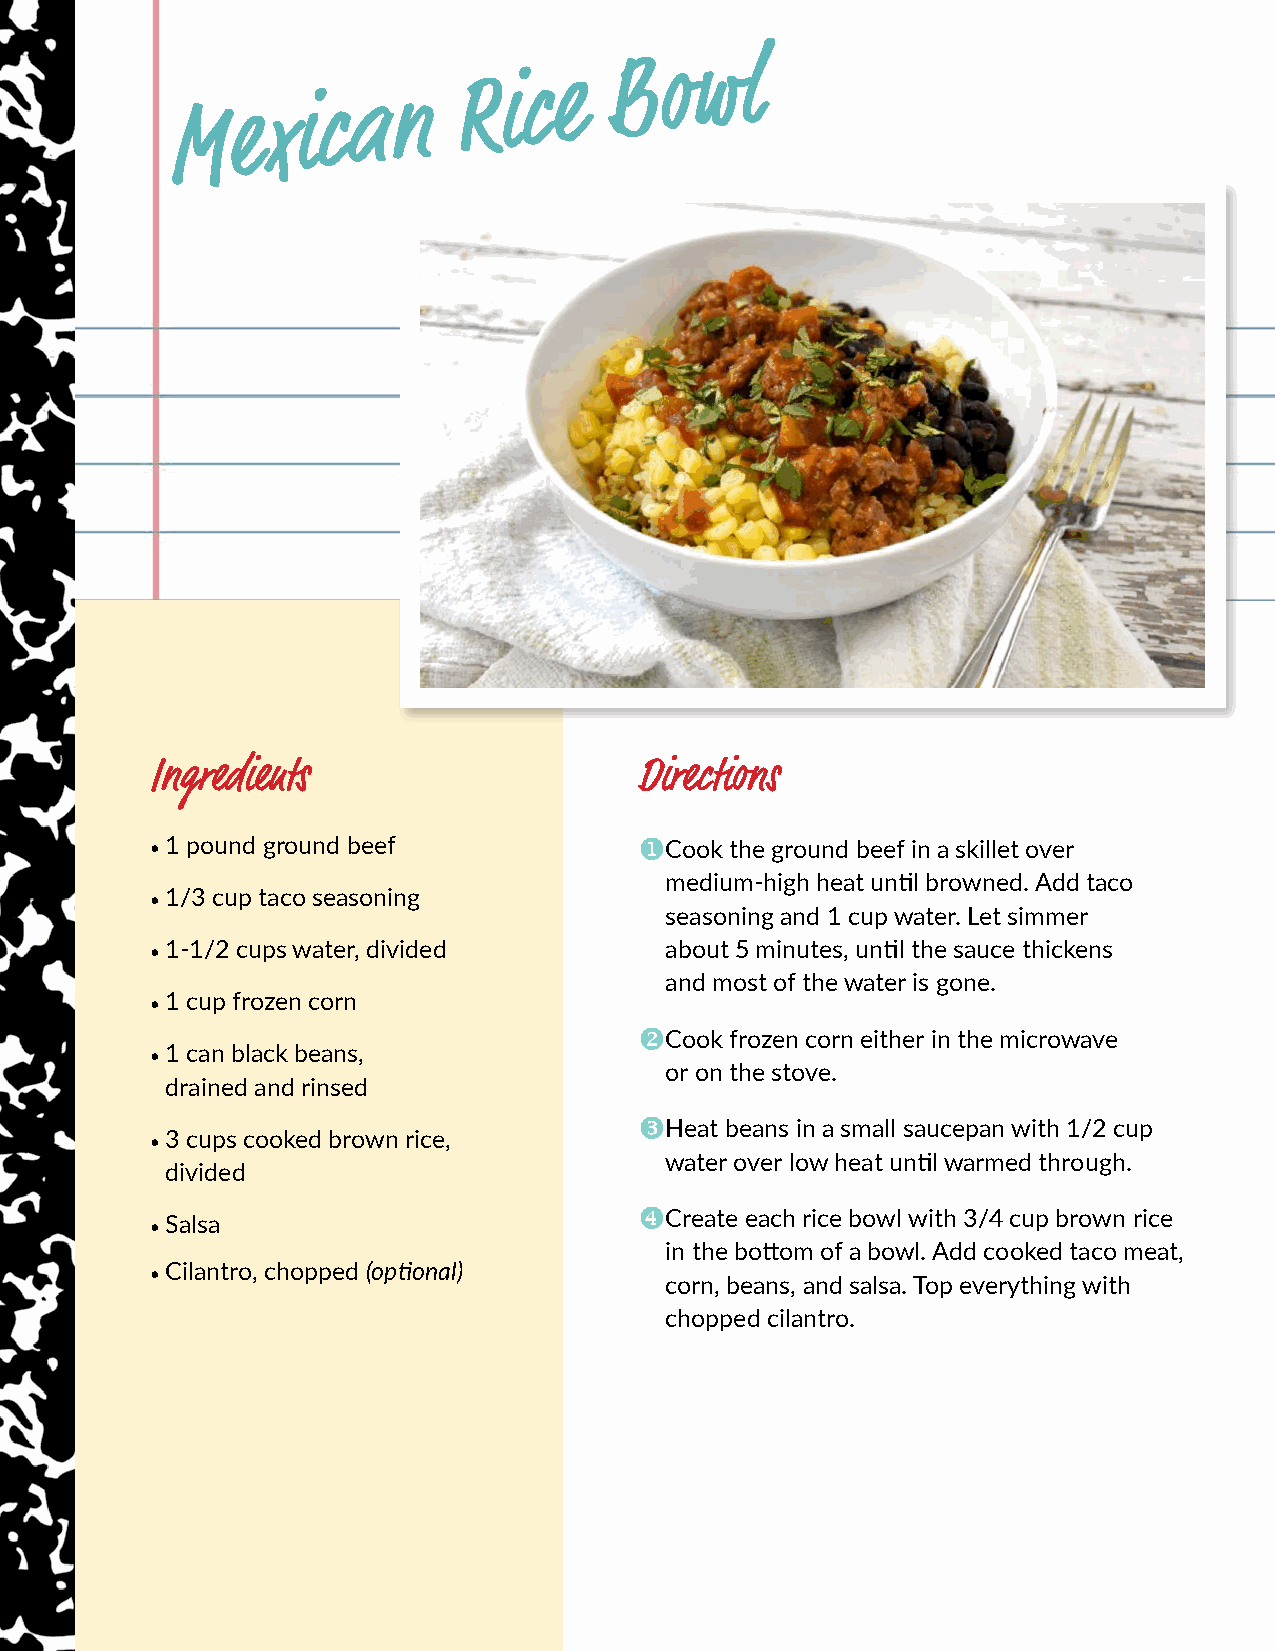
M  e  x i c a n
 R i c e
 B  o w  l
 Ingredients                     Directions
 • 1 pound ground beef           u Cook the ground beef in a skillet over
 medium-high heat until browned. Add taco
 • 1/3 cup taco seasoning
 seasoning and 1 cup water. Let simmer
 • 1-1/2 cups water, divided       about 5 minutes, until the sauce thickens
 and most of the water is gone.
 • 1 cup frozen corn
 vCook frozen corn either in the microwave
 • 1 can black beans,
 or on the stove.
 drained and rinsed
 wHeat beans in a small saucepan with 1/2 cup
 • 3 cups cooked brown rice,
 water over low heat until warmed through.
 divided
 • Salsa                         xCreate each rice bowl with 3/4 cup brown rice
 in the bottom of a bowl. Add cooked taco meat,
 • Cilantro, chopped (optional)
 corn, beans, and salsa. Top everything with
 chopped cilantro.